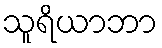
သူရိယာဘာ